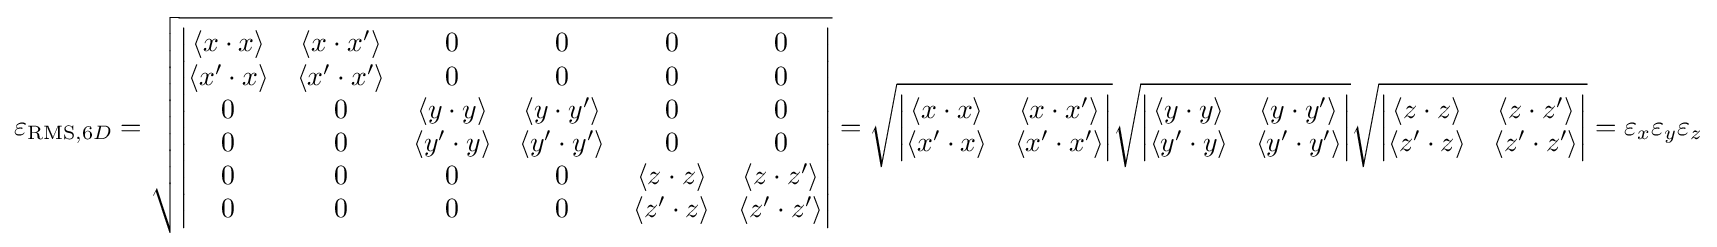
\varepsilon _{{\text{RMS}},6D}={\sqrt {\begin{vmatrix}\langle x\cdot x\rangle &\langle x\cdot x^{\prime }\rangle &0&0&0&0\\\langle x^{\prime }\cdot x\rangle &\langle x^{\prime }\cdot x^{\prime }\rangle &0&0&0&0\\0&0&\langle y\cdot y\rangle &\langle y\cdot y^{\prime }\rangle &0&0\\0&0&\langle y^{\prime }\cdot y\rangle &\langle y^{\prime }\cdot y^{\prime }\rangle &0&0\\0&0&0&0&\langle z\cdot z\rangle &\langle z\cdot z^{\prime }\rangle \\0&0&0&0&\langle z^{\prime }\cdot z\rangle &\langle z^{\prime }\cdot z^{\prime }\rangle \\\end{vmatrix}}}={\sqrt {\begin{vmatrix}\langle x\cdot x\rangle &\langle x\cdot x^{\prime }\rangle \\\langle x^{\prime }\cdot x\rangle &\langle x^{\prime }\cdot x^{\prime }\rangle \\\end{vmatrix}}}{\sqrt {\begin{vmatrix}\langle y\cdot y\rangle &\langle y\cdot y^{\prime }\rangle \\\langle y^{\prime }\cdot y\rangle &\langle y^{\prime }\cdot y^{\prime }\rangle \\\end{vmatrix}}}{\sqrt {\begin{vmatrix}\langle z\cdot z\rangle &\langle z\cdot z^{\prime }\rangle \\\langle z^{\prime }\cdot z\rangle &\langle z^{\prime }\cdot z^{\prime }\rangle \\\end{vmatrix}}}=\varepsilon _{x}\varepsilon _{y}\varepsilon _{z}